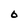
Character: 6